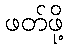
ဖတ်ဖို့